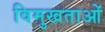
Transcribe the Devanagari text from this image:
विमुखताओं